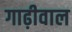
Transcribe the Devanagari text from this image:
गाढ़ीवाल